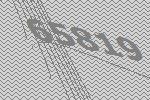
65819